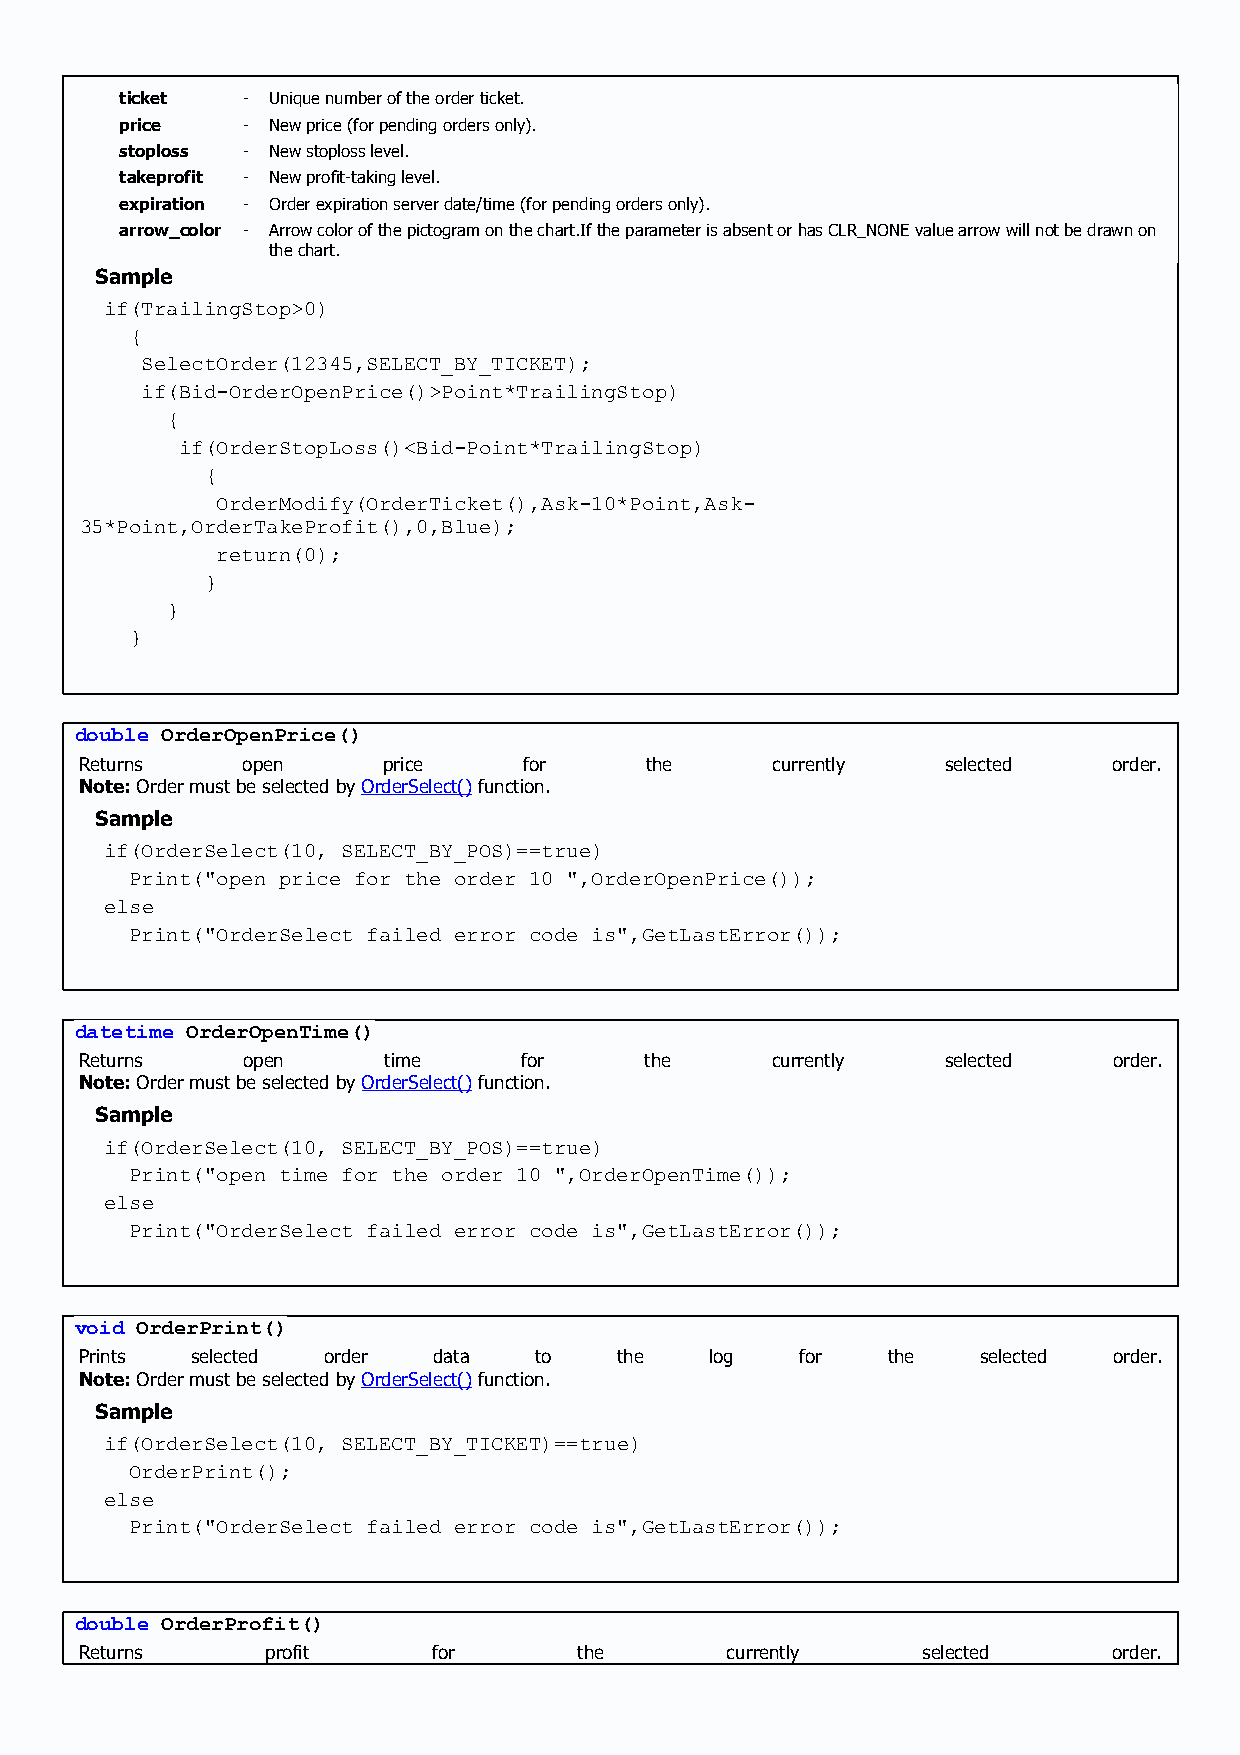
ticket  - Unique number of the order ticket.
 price   - New price (for pending orders only).
 stoploss - New stoploss level.
 takeprofit - New profit-taking level.
 expiration - Order expiration server date/time (for pending orders only).
 arrow_color - Arrow color of the pictogram on the chart.If the parameter is absent or has CLR_NONE value arrow will not be drawn on
 the chart.
 Sample
 if(TrailingStop>0)
 {
 SelectOrder(12345,SELECT_BY_TICKET);
 if(Bid-OrderOpenPrice()>Point*TrailingStop)
 {
 if(OrderStopLoss()<Bid-Point*TrailingStop)
 {
 OrderModify(OrderTicket(),Ask-10*Point,Ask-
 35*Point,OrderTakeProfit(),0,Blue);
 return(0);
 }
 }
 }
 double OrderOpenPrice()
 Returns    open     price     for     the     currently   selected   order.
 Note: Order must be selected by OrderSelect() function.
 Sample
 if(OrderSelect(10, SELECT_BY_POS)==true)
 Print("open price for the order 10 ",OrderOpenPrice());
 else
 Print("OrderSelect failed error code is",GetLastError());
 datetime OrderOpenTime()
 Returns    open     time     for      the     currently   selected   order.
 Note: Order must be selected by OrderSelect() function.
 Sample
 if(OrderSelect(10, SELECT_BY_POS)==true)
 Print("open time for the order 10 ",OrderOpenTime());
 else
 Print("OrderSelect failed error code is",GetLastError());
 void OrderPrint()
 Prints  selected order  data  to    the   log   for   the   selected order.
 Note: Order must be selected by OrderSelect() function.
 Sample
 if(OrderSelect(10, SELECT_BY_TICKET)==true)
 OrderPrint();
 else
 Print("OrderSelect failed error code is",GetLastError());
 double OrderProfit()
 Returns      profit     for      the       currently    selected     order.